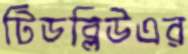
টিডব্লিউএর